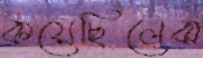
কয়েছিলেঝ